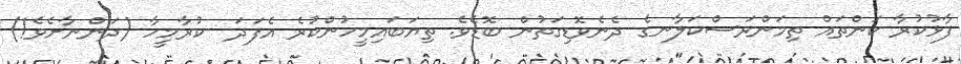
ފާޅުކުރާ ކަންތައް ތިމަންރަސްކަލާނގެ ދެނެވޮޑިގަތުން ބޮޑެވެ. ތިޔަބައިމީހުންކުރެ އެފަދަ  ކުރާމީހާ (ދަންނާށެވެ!)